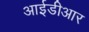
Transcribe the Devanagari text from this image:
आईडीआर